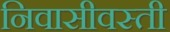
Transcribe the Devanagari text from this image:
निवासीवस्ती